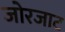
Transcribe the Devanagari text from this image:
जोरजाट